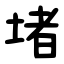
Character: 堵